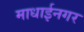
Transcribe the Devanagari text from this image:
माधाईनगर